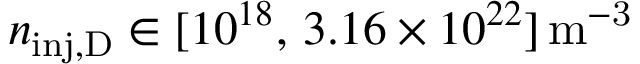
n _ { \mathrm { i n j , D } } \in [ 1 0 ^ { 1 8 } , \, 3 . 1 6 \times 1 0 ^ { 2 2 } ] \, \mathrm { m ^ { - 3 } }